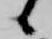
候